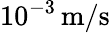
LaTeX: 10^{-3}\, \mathrm{m}/\mathrm{s}